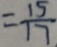
= \frac { 1 5 } { 1 7 }